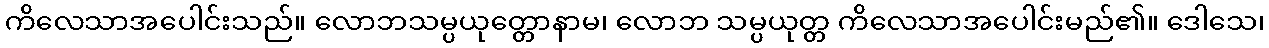
ကိလေသာအပေါင်းသည်။ လောဘသမ္ပယုတ္တောနာမ၊ လောဘ သမ္ပယုတ္တ ကိလေသာအပေါင်းမည်၏။ ဒေါသေ၊